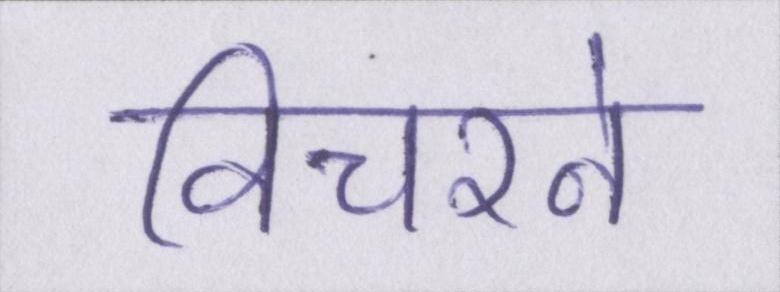
विचरने